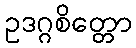
ဥဒဂ္ဂစိတ္တော